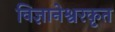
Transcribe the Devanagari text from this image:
विज्ञानेश्वरकृत